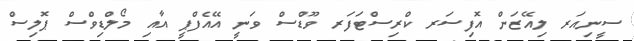
ސީނިއަރ ލިއޭޒަން އޮފިސަރ ކްރިސްޓަފަރ ވޫޑްސް ވަނީ އޭއެފްޕީ އާއި މޯލްޑިވްސް ޕޮލިސް